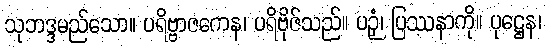
သုဘဒ္ဒမည်သော။ ပရိဗ္ဗာဇကေန၊ ပရိဗိုဇ်သည်။ ပဉှံ၊ ပြဿနာကို။ ပုဋ္ဌေန၊